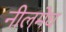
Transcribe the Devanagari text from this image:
नीलमेघ